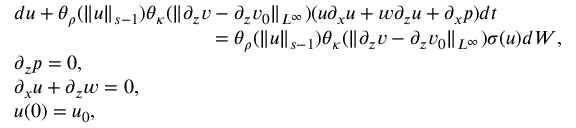
\begin{array} { r l } & { d u + \theta _ { \rho } ( \| u \| _ { s - 1 } ) \theta _ { \kappa } ( \| \partial _ { z } v - \partial _ { z } v _ { 0 } \| _ { L ^ { \infty } } ) ( u \partial _ { x } u + w \partial _ { z } u + \partial _ { x } p ) d t } \\ & { \qquad \qquad \qquad \qquad \qquad = \theta _ { \rho } ( \| u \| _ { s - 1 } ) \theta _ { \kappa } ( \| \partial _ { z } v - \partial _ { z } v _ { 0 } \| _ { L ^ { \infty } } ) \sigma ( u ) d W , } \\ & { \partial _ { z } p = 0 , } \\ & { \partial _ { x } u + \partial _ { z } w = 0 , } \\ & { u ( 0 ) = u _ { 0 } , } \end{array}